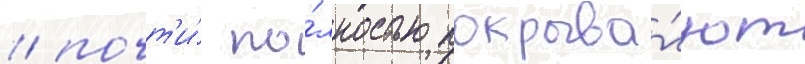
/ почт'и́ по́лностью покрыва́ют